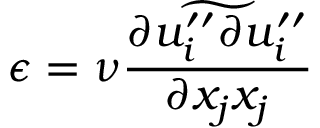
\epsilon = \nu \frac { \widetilde { \partial u _ { i } ^ { \prime \prime } \partial u _ { i } ^ { \prime \prime } } } { \partial x _ { j } x _ { j } }